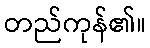
တည်ကုန်၏။